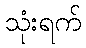
သုံးရက်